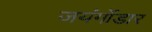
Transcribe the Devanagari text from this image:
जयंगोंडार